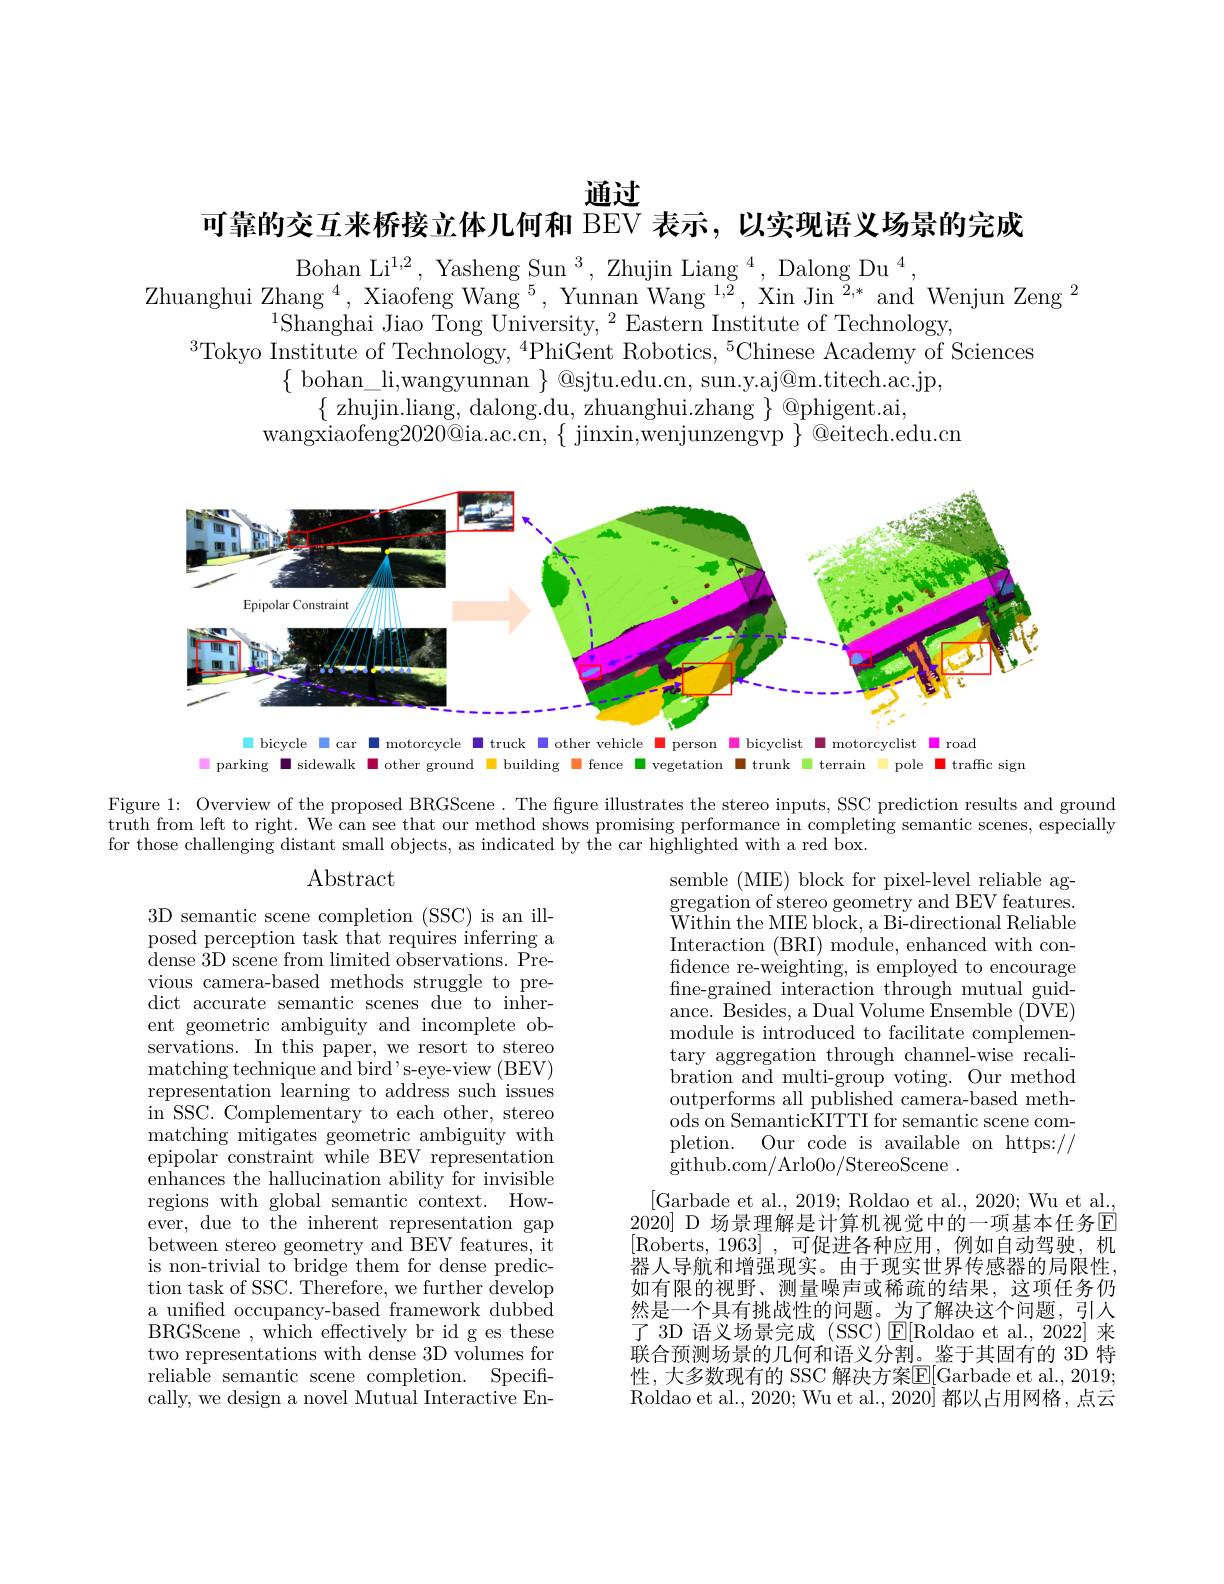
通过

可靠的交互来桥接立体几何和 BEV 表示，以实现语义场景的完成

Bohan Li$^1,2,\text{ Yasheng Sun}^3,\text{ Zhujin Liang}^4,\text{ Dalong Du}^4$,
Zhuanghui Zhang $^4$, Xiaofeng Wang$^5$, Yunnan Wang$^{1,2}$, Xin Jin$^{2,*}$ and Wenjun Zeng$^2$
$^{1}$Shanghai Jiao Tong University, $^2$Eastern Institute of Technology,
$^{3}$Tokyo Institute of Technology, $^{4}$PhiGent Robotics, $^{5}$Chinese Academy of Sciences
$\{$ bohan\_li,wangyunnan $\}$ @sjtu.edu.cn, sun.y.aj@m.titech.ac.jp,
$\{$zhujin.liang, dalong.du, zhuanghui.zhang $\}$ @phigent.ai,
$wangxiaofeng2020@ia.ac.cn,\{~jinxin,wenjunzengvp~\}~@eitech.edu.cn$

<FigureHere>
E bicycle M car M motorcycle M truck M other vehicle person W bicyclist M motorcyclist M road

 parking sidewalk other ground W building fence vegetation M trunk M terrain M pole traffic sign

Figure 1: Overview of the proposed BRGScene. The figure illustrates the stereo inputs, SSC prediction results and ground truth from left to right. We can see that our method shows promising performance in completing semantic scenes, especially for those challenging distant small objects, as indicated by the car highlighted with a red box.

# $\operatorname{Abstract}$

semble (MIE) block for pixel-level reliable aggregation of stereo geometry and BEV features. $\mathop{\text{Within the MIE block, a Bi-directional Reliable}}$ Interaction (BRI) module, enhanced with confidence re-weighting, is employed to encourage fine-grained interaction through mutual guidance. Besides, a Dual Volume Ensemble (DVE) module is introduced to facilitate complementary aggregation through channel-wise recalibration and multi-group voting. Our method outperforms all published camera-based meth- ${\mathrm{ods~on~SemanticKITTI~for~semantic~scene~com-}}$ pletion. Our code is available on https:// $\bar{\mathrm{github.com/Arlo0o/StereoScene~}}.$

3D semantic scene completion (SSC) is an illposed perception task that requires inferring a dense 3D scene from limited observations. Previous camera-based methods struggle to predict accurate semantic scenes due to inherent geometric ambiguity and incomplete observations. In this paper, we resort to stereo matching technique and bird s- eye- view ( BEV) representation learning to address such issues in SSC. Complementary to each other, stereo matching mitigates geometric ambiguity with epipolar constraint while BEV representation $\bar{\text{enhances the hallucination ability for invisible}}$ regions with global semantic context. However, due to the inherent representation gap between stereo geometry and BEV features, it is non-trivial to bridge them for dense prediction task of SSC. Therefore, we further develop a unified occupancy-based framework dubbed BRGScene , which effectively br id g es these two representations with dense 3D volumes for reliable semantic scene completion. Specifically, we design a novel Mutual Interactive En-

[Garbade et al., 2019; Roldao et al., 2020; Wu et al. 2020] D 场景理解是计算机视觉中的一项基本任务回[Roberts,1963],可促进各种应用，例如自动驾驶，机器人导航和增强现实。由于现实世界传感器的局限性， 如有限的视野、测量噪声或稀疏的结果，这项任务仍然是一个具有挑战性的问题。为了解决这个问题，引人了 3D 语义场景完成 (SSC)$\operatorname{E}[$Roldao et al.,2022]来联合预测场景的几何和语义分割。鉴于其固有的 3D 特性，大多数现有的 SSC 解决方案$\overline{\mathrm{E}}[$Garbade et al., 2019; Roldao et al., 2020; Wu et al., 2020] 都以占用网格，点云